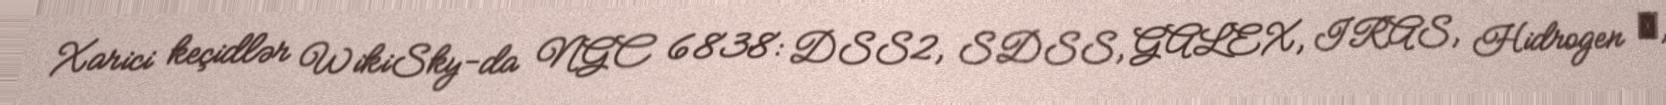
Xarici keçidlər WikiSky-da NGC 6838: DSS2, SDSS, GALEX, IRAS, Hidrogen α,